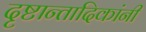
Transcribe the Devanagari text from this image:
दृष्टान्तादिकांनी